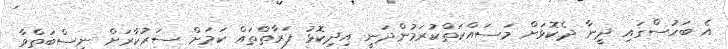
އެ ބަހުސްގައި ދީނާ ދެކޮޅަށް މަސައްކަތްކުރަމުންދަނީ އިދިކޮޅު ފަރާތްތައް ކަމަށް ސަރުކާރަށް ނިސްބަތްވާ